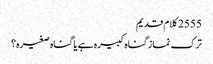
2555 کلام قدیم
ترک نماز گناہ کبیرہ ہے یا گناہ صغیرہ؟